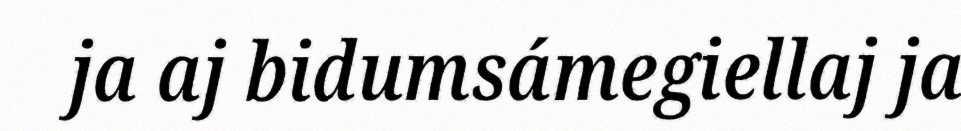
ja aj bidumsámegiellaj ja